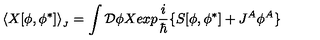
\langle X [ \phi , \phi ^ { \ast } ] \rangle _ { _ J } = \int { \cal D } \phi X e x p { \frac { i } { \hbar } } \{ S [ \phi , \phi ^ { \ast } ] + J ^ { A } \phi ^ { A } \}